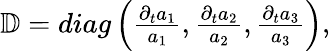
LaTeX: \begin{array}{r}{\mathbb{D}=diag\left(\frac{\partial_{t}a_{1}}{a_{1}},\frac{\partial_{t}a_{2}}{a_{2}},\frac{\partial_{t}a_{3}}{a_{3}}\right),}\end{array}